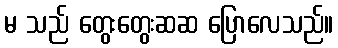
မ သည် တွေးတွေးဆဆ ပြောလေသည်။